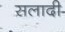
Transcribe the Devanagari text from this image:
सलादी